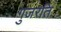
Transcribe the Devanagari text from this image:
गुजरति